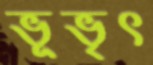
ভূভৃৎ